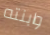
وابنته